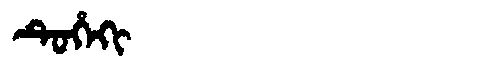
Manchu: ᡨᡠᡥᡝᡴᡳ
Romanization: TUHEKI